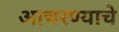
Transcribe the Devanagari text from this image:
आचरण्याचे